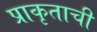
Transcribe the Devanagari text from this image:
प्राकृताची